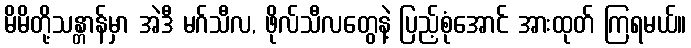
မိမိတို့သန္တာန်မှာ အဲဒီ မဂ်သီလ, ဖိုလ်သီလတွေနဲ့ ပြည့်စုံအောင် အားထုတ် ကြရမယ်။